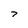
Character: 7